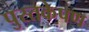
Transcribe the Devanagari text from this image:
पुस्तकेपण